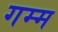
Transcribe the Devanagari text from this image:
गम्म